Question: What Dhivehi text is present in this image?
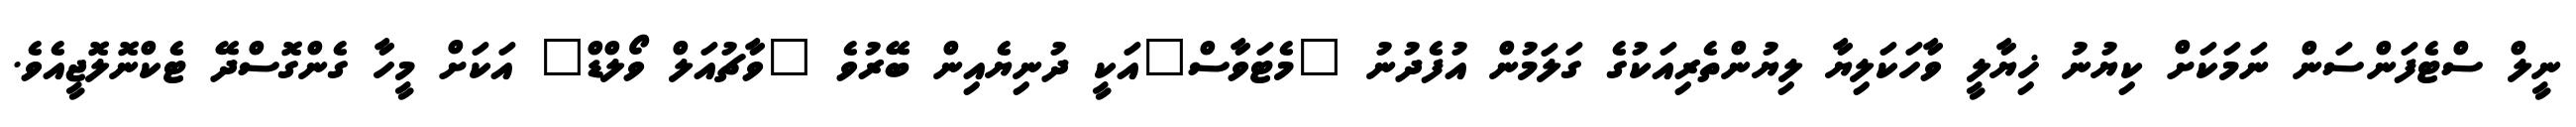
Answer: ނީލް ސްޓެފަންސަން ނަމަކަށް ކިޔުނު ޚިޔާލީ ވާހަކަލިޔާ ލިޔުންތެރިއަކުގެ ގަލަމުން އުފެދުނު "މެޓަވާސް"އަކީ ދުނިޔެއިން ބޭރުވެ "ވާޗުއަލް ވޯލްޑް" އަކަށް މީހާ ގެންގޮސްދޭ ޓެކްނޮލޮޖީއެވެ.